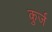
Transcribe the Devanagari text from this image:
कुर्ज